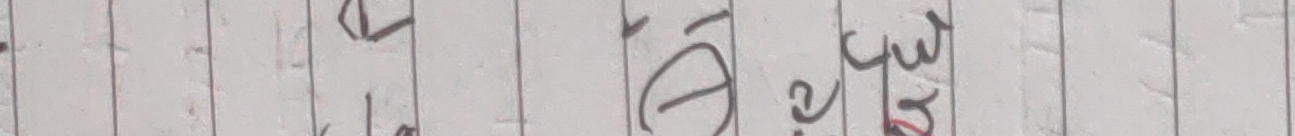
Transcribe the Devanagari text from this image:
न ३३